Source: Computer-generated
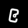
Digit: ၉ (9)